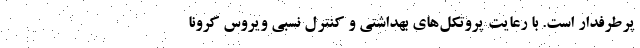
پرطرفدار است. با رعایت پروتکل‌های بهداشتی و کنترل نسبی ویروس کرونا